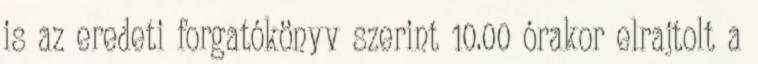
is az eredeti forgatókönyv szerint 10.00 órakor elrajtolt a